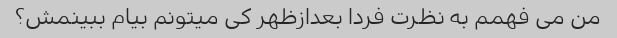
من می فهمم به نظرت فردا بعدازظهر کی میتونم بیام ببینمش؟